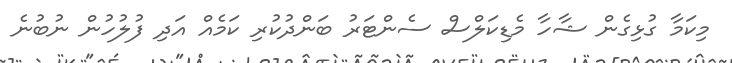
މިކަމާ ގުޅިގެން ޝާހާ މެޑިކަލްސް ސެންޓަރު ބަންދުކުރި ކަމެއް އަދި ފުލުހުން ނުބުނެ